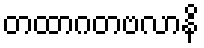
တထာဂတဗလာနိ